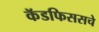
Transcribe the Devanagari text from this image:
कॅडफिससचे